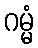
ဂမ္မံ